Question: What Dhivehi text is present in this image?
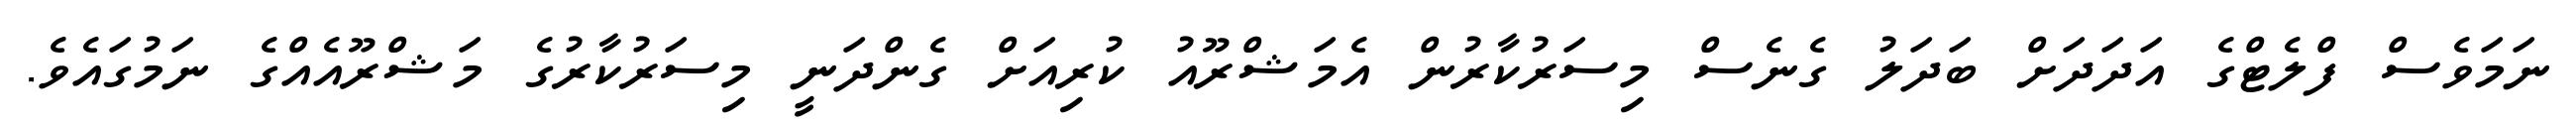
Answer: ނަމަވެސް ފްލެޓްގެ އަދަދަށް ބަދަލު ގެނެސް މިސަރުކާރުން އެމަޝްރޫއު ކުރިއަށް ގެންދަނީ މިސަރުކާރުގެ މަޝްރޫއެއްގެ ނަމުގައެވެ.